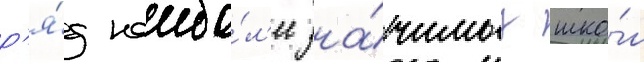
р'я́д наибо́л'ее зна́чимых шко́л